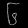
Digit: ၆